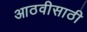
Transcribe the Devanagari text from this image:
आठवीसाठी